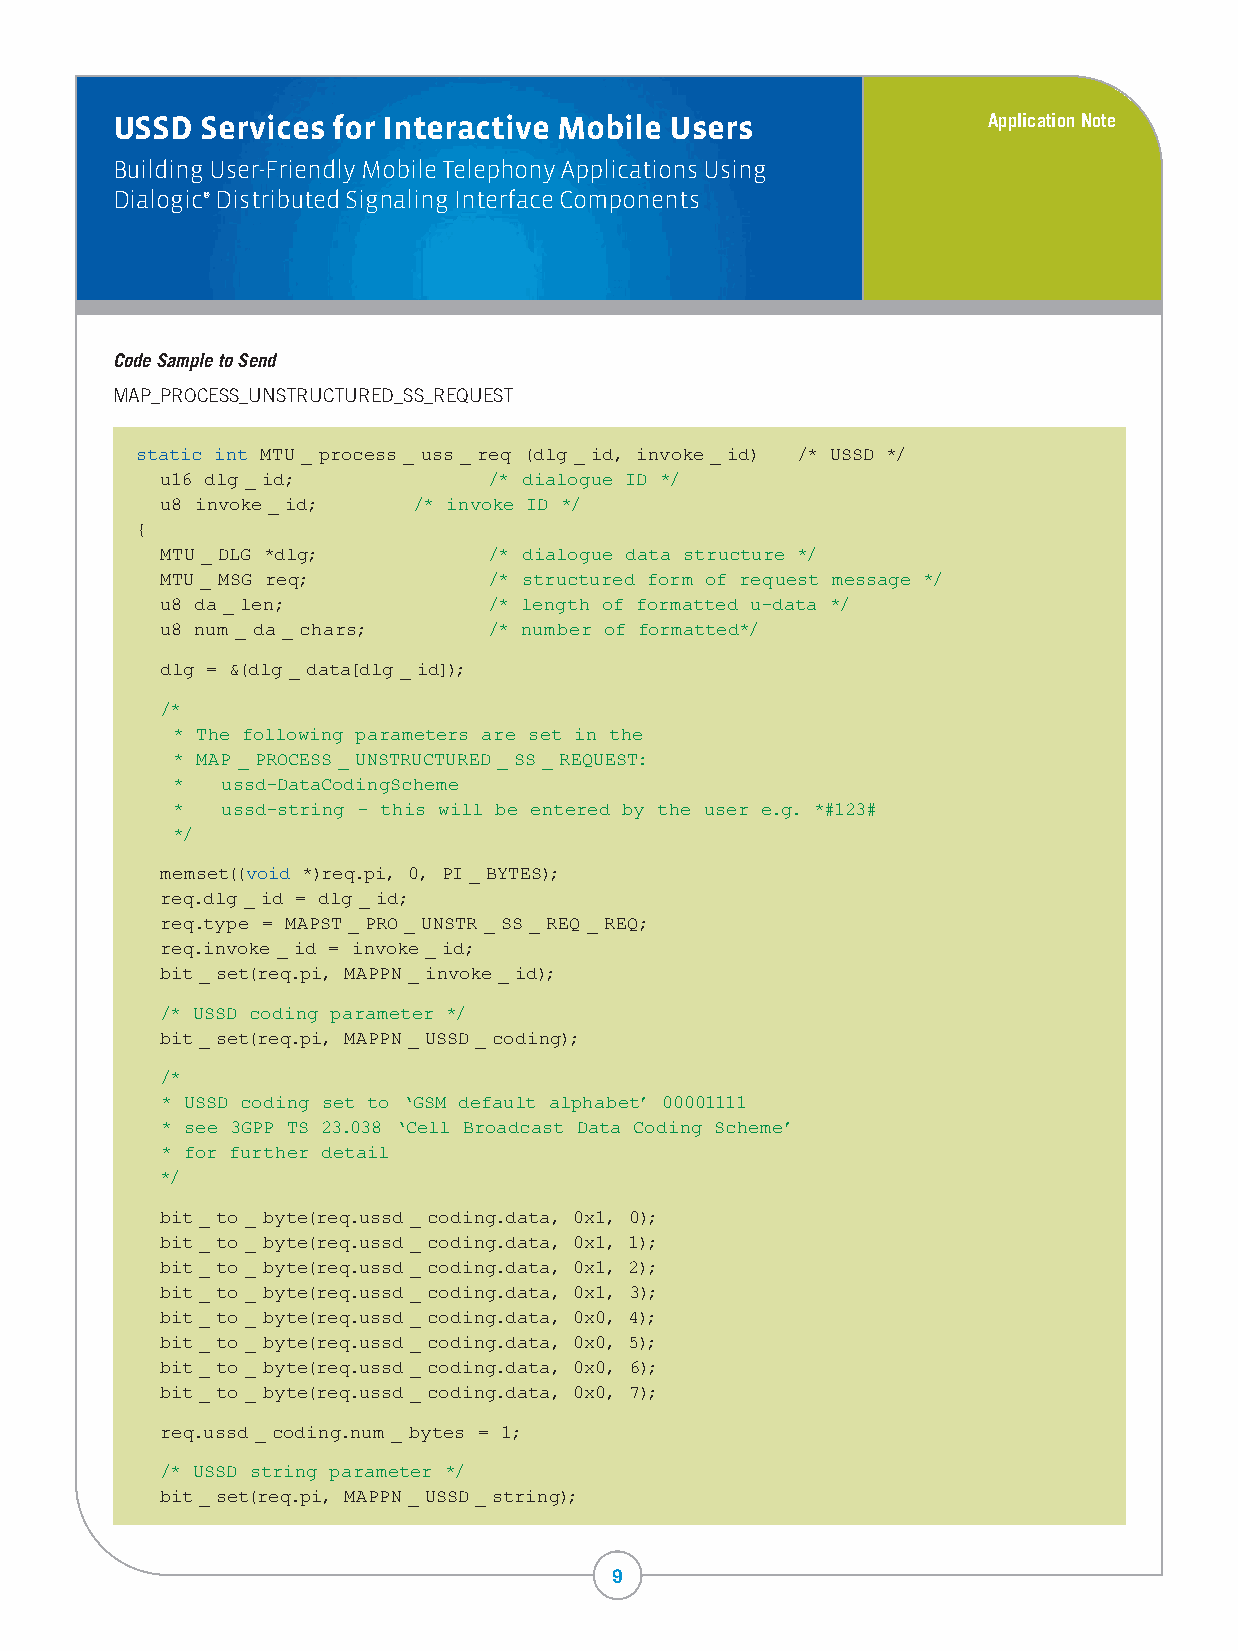
USSD  Services for Interactive Mobile Users               Application Note
 Building User-Friendly Mobile Telephony Applications Using
 Dialogic® Distributed Signaling Interface Components
 Code Sample to Send
 MAP_PROCESS_UNSTRUCTURED_SS_REQUEST
 static int MTU_ process_ uss_req (dlg _id, invoke_id) /* USSD */
 u16 dlg _id;         /* dialogue ID */
 u8 invoke_id;   /* invoke ID */
 {
 MTU_DLG *dlg;        /* dialogue data structure */
 MTU_ MSG req;        /* structured form of request message */
 u8 da_len;           /* length of formatted u-data */
 u8 num _da_chars;    /* number of formatted*/
 dlg = &(dlg _data[dlg _id]);
 /*
 * The following parameters are set in the
 * MAP_PROCESS_UNSTRUCTURED_SS_REQUEST:
 *   ussd-DataCodingScheme
 *   ussd-string - this will be entered by the user e.g. *#123#
 */
 memset((void *)req.pi, 0, PI_BYTES);
 req.dlg _id = dlg _id;
 req.type = MAPST_PRO_UNSTR _SS_REQ_REQ;
 req.invoke_id = invoke_id;
 bit_set(req.pi, MAPPN_invoke_id);
 /* USSD coding parameter */
 bit_set(req.pi, MAPPN_USSD_coding);
 /*
 * USSD coding set to ‘GSM default alphabet’ 00001111
 * see 3GPP TS 23.038 ‘Cell Broadcast Data Coding Scheme’
 * for further detail
 */
 bit_to_ byte(req.ussd _coding.data, 0x1, 0);
 bit_to_ byte(req.ussd _coding.data, 0x1, 1);
 bit_to_ byte(req.ussd _coding.data, 0x1, 2);
 bit_to_ byte(req.ussd _coding.data, 0x1, 3);
 bit_to_ byte(req.ussd _coding.data, 0x0, 4);
 bit_to_ byte(req.ussd _coding.data, 0x0, 5);
 bit_to_ byte(req.ussd _coding.data, 0x0, 6);
 bit_to_ byte(req.ussd _coding.data, 0x0, 7);
 req.ussd _coding.num _ bytes = 1;
 /* USSD string parameter */
 bit_set(req.pi, MAPPN_USSD_string);
 9